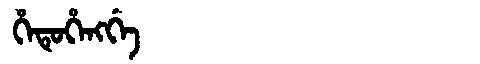
Manchu: ᡥᡝᡨᡠᡥᡝᠩᡤᡝ
Romanization: HETUHENGGE